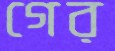
গের